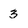
Character: 3